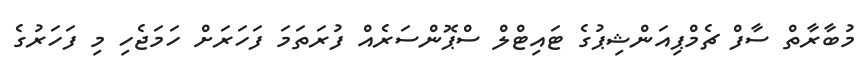
މުބާރާތް ސާފް ޗެމްޕިއަންޝިޕުގެ ޓައިޓްލް ސްޕޮންސަރެެއް ފުރަތަމަ ފަހަރަށް ހަމަޖެހި މި ފަހަރުގެ